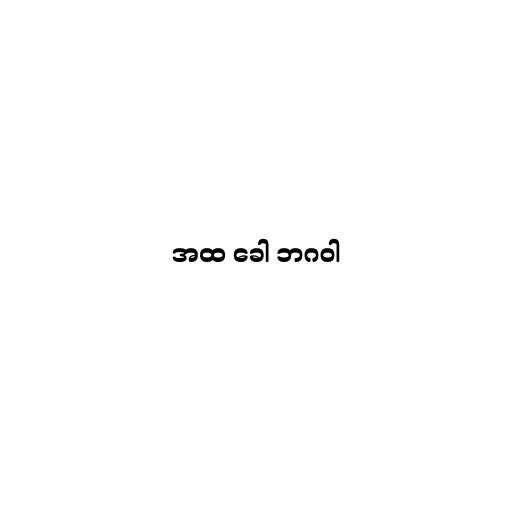
အထ ခေါ ဘဂဝါ